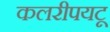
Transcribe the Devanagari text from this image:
कलरीपयटू